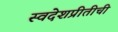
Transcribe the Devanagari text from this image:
स्वदेशप्रीतीची